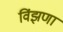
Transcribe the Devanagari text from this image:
विंझणा